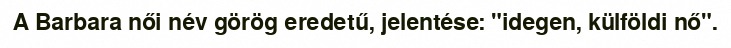
A Barbara női név görög eredetű, jelentése: "idegen, külföldi nő".